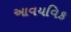
આવયવિક